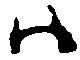
ハ